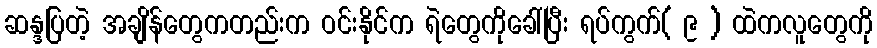
ဆန္ဒပြတဲ့ အချိန်တွေကတည်းက ဝင်းနိုင်က ရဲတွေကိုခေါ်ပြီး ရပ်ကွက်( ၉ ) ထဲကလူတွေကို